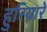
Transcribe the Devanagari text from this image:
हुरियारे